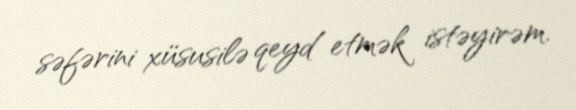
səfərini xüsusilə qeyd etmək istəyirəm.